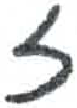
אות: ז